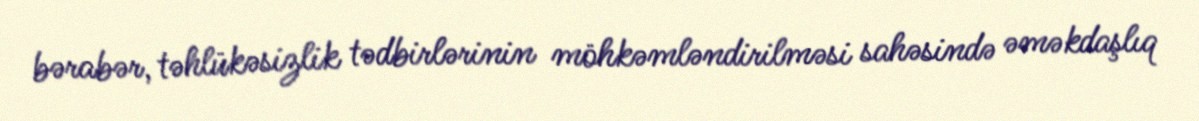
bərabər, təhlükəsizlik tədbirlərinin möhkəmləndirilməsi sahəsində əməkdaşlıq